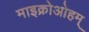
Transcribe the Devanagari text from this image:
माइक्रोओहम्‌